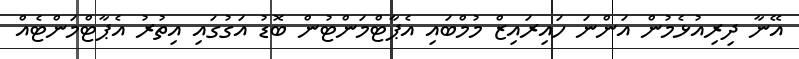
އޭނާ ދިރިއުޅެމުން އަންނަ ހައިރައިޒް މުމްބައި އެޕާޓްމަންޓުން ބޮޑު އަގުގައި އިތުރު އެޕާޓްމަންޓެއް